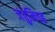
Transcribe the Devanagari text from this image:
जंतुनिवह